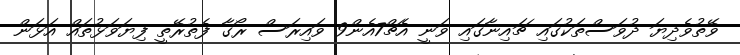
ވޭތުވެދިޔަ ދުވަސްތަކުގައި ޗައިނާގައި ވަނީ އެޗް7އެން9 ވައިރަސް ރޯގާ ފެތުރޭތީ ފިޔަވަޅުތައް އަޅަން